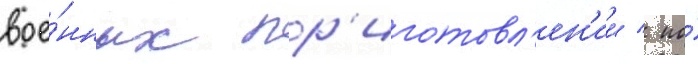
вое́нных пр'иготовл'ен'ии / по́